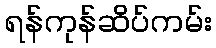
ရန်ကုန်ဆိပ်ကမ်း